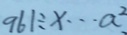
9 6 1 \div x \cdots a ^ { 2 }